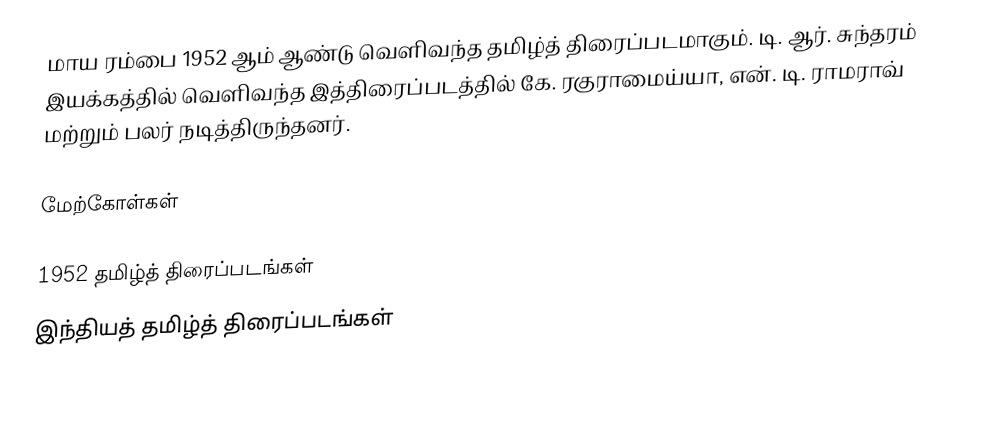
மாய ரம்பை 1952 ஆம் ஆண்டு வெளிவந்த தமிழ்த் திரைப்படமாகும். டி. ஆர். சுந்தரம் இயக்கத்தில் வெளிவந்த இத்திரைப்படத்தில் கே. ரகுராமைய்யா, என். டி. ராமராவ் மற்றும் பலர் நடித்திருந்தனர்.

மேற்கோள்கள்

1952 தமிழ்த் திரைப்படங்கள்
இந்தியத் தமிழ்த் திரைப்படங்கள்